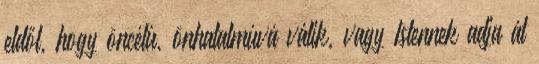
eldől, hogy öncélú, önhatalmúvá válik, vagy Istennek adja át